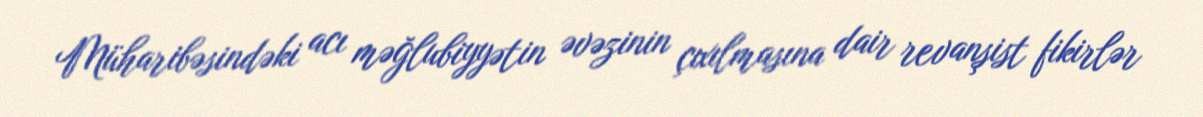
Müharibəsindəki acı məğlubiyyətin əvəzinin çıxılmasına dair revanşist fikirlər